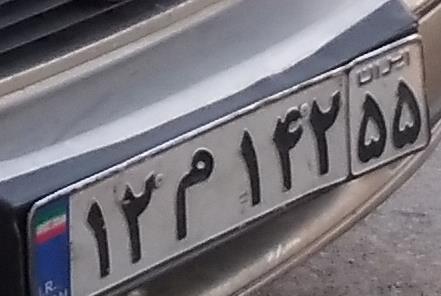
۱۲م۱۴۲۵۵